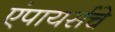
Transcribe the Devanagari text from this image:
एंपायर्सचे